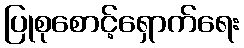
ပြုစုစောင့်ရှောက်ရေး